画像に写った文字を読んでください
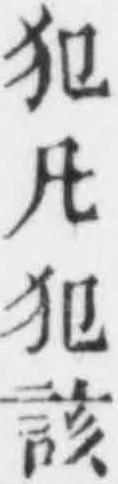
「犯凡犯該」と書いてあります